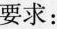
要求：